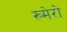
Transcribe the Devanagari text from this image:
ख्मेरो